Madras plague regulations in force outside the Presidency town - Volume 5
Disease focus: Plague
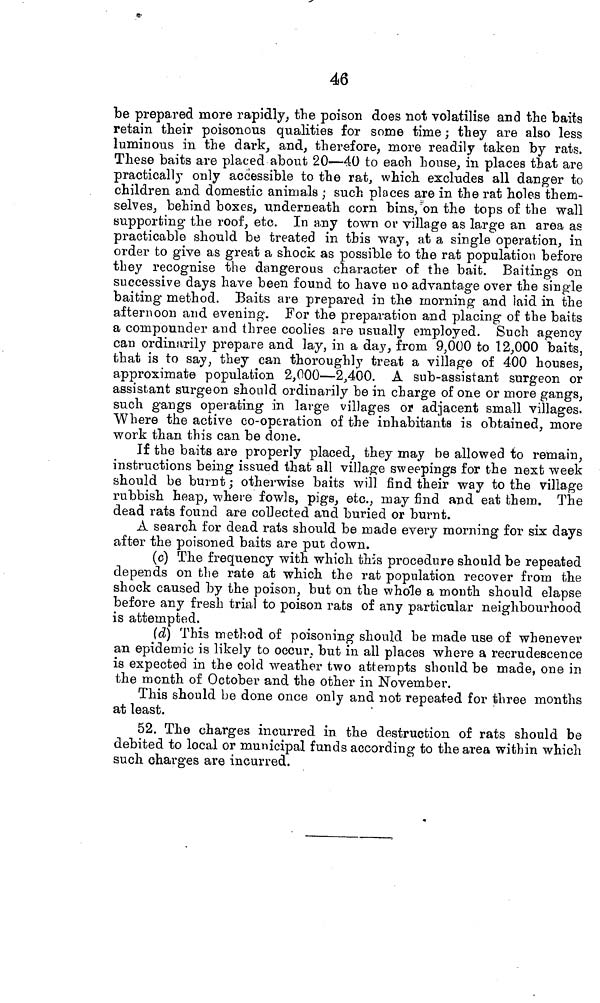
46
be prepared more rapidly, the poison does not volatilise and the baits
retain their poisonous qualities for some time ; they are also less
luminous in the dark, and, therefore, more readily taken by rats.
These baits are placed about 20—40 to each house, in places that are
practically only accessible to the rat, which, excludes all danger to
children and domestic animals ; such places are in the rat holes them-
selves, behind boxes, underneath corn bins, on the tops of the wall
supporting the roof, etc. In any town or village as large an area as
practicable should be treated in this way, at a single operation, in
order to give as great a shock as possible to the rat population before
they recognise the dangerous character of the bait. Baitings on
successive days have been found to have no advantage over the single
baiting method. Baits are prepared in the morning and ¡aid in the
afternoon and evening. For the preparation and placing of the baits
a compounder and three coolies are usually employed. Such agency
can ordinarily prepare and lay, in a day, from 9,000 to 12,000 baits,
that is to say, they can thoroughly treat a village of 400 houses,
approximate population 2,000—2,400. A sub-assistant surgeon or
assistant surgeon should ordinarily be in charge of one or more gangs,
such gangs operating in large villages or adjacent small villages.
Where the active co-operation of the inhabitants is obtained, more
work than this can be done.
If the baits are properly placed, they may be allowed to remain,
instructions being issued that all village sweepings for the next week
should be burnt ; otherwise baits will find their way to the village
rubbish heap, where fowls, pigs, etc., may find and eat them. The
dead rats found are collected and buried or burnt.
A search for dead rats should be made every morning for six days
after the poisoned baits are put down.
(c) The frequency with which this procedure should be repeated
depends on the rate at which the rat population recover from the
shock caused by the poison, but on the whole a month should elapse
before any fresh trial to poison rats of any particular neighbourhood
is attempted.
(d) This method of poisoning should be made use of whenever
an epidemic is likely to occur, but in all places where a recrudescence
is expected in the cold weather two attempts should be made, one in
the month of October and the other in November.
This should be done once only and not repeated for three months
at least.
52. The charges incurred in the destruction of rats should be
debited to local or municipal funds according to the area within which
such charges are incurred.